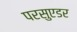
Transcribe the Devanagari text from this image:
परसुएडर